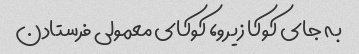
به جای کوکا زیرو، کوکای معمولی فرستادن